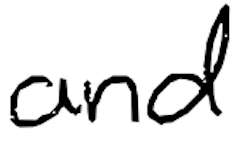
Text: and
Cross-out: clean
Writing tool: digital_black